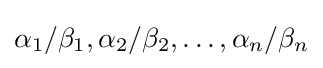
\alpha _{1}/\beta _{1},\alpha _{2}/\beta _{2},\ldots ,\alpha _{n}/\beta _{n}